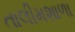
તાલીમશાળા